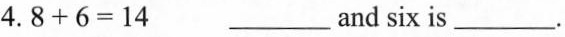
4.$$8 + 6 = 1 4$$ ___and six is___.